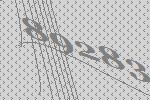
89283